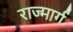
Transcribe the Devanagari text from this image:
राज्मार्ग